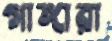
গাঙ্গারা